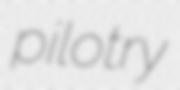
pilotry